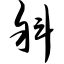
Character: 斜